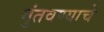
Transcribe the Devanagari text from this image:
गुंतवण्याचे